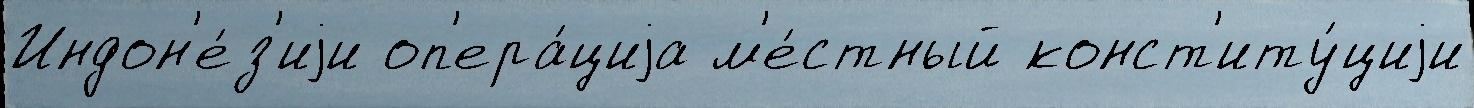
Индон'е́з'иjи оп'ера́циjа м'е́стный конст'иту́циjи